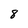
Character: 8